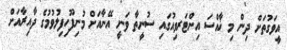
އީވަގުތަށް ދިން މި ޚާއްސަ އިންޓަރވިއުގައި ސުނީތާ ވަނީ އޭނާއަށް މުނިފޫހިފިލުވުމުގެ ދާއިރާއަށް